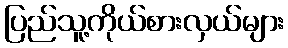
ပြည်သူ့ကိုယ်စားလှယ်များ